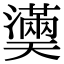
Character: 𤂀